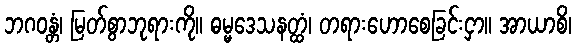
ဘဂဝန္တံ၊ မြတ်စွာဘုရားကို။ ဓမ္မဒေသနတ္ထံ၊ တရားဟောစေခြင်းငှာ။ အာယာစိ၊